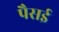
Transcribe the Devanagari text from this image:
पैसई